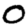
Digit: 0